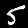
Label: 5